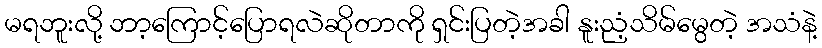
မရဘူးလို့ ဘာ့ကြောင့်ပြောရလဲဆိုတာကို ရှင်းပြတဲ့အခါ နူးညံ့သိမ်မွေတဲ့ အသံနဲ့